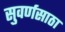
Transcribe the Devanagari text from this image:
सुवर्णसाठा